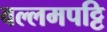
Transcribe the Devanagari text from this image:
वल्लमपट्टि